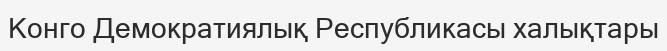
Конго Демократиялық Республикасы халықтары